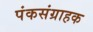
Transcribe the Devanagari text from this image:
पंकसंग्राहक